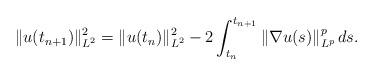
LaTeX: \begin{align*} \| u (t_{n+1}) \|_{L^2}^2 = \| u (t_n) \|_{L^2}^2 - 2\int_{t_n}^{t_{n+1}} \| \nabla u(s) \|_{L^p}^p \, d s .\end{align*}